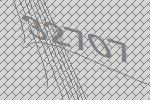
32707